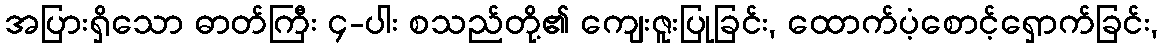
အပြားရှိသော ဓာတ်ကြီး ၄-ပါး စသည်တို့၏ ကျေးဇူးပြုခြင်း, ထောက်ပံ့စောင့်ရှောက်ခြင်း,